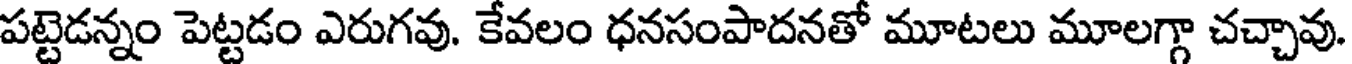
పట్టెడన్నం పెట్టడం ఎరుగవు. కేవలం ధనసంపాదనతో మూటలు మూలగ్గా చచ్చావు